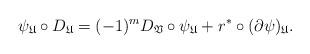
LaTeX: \begin{align*}\psi_{\mathfrak{U}} \circ D_{\mathfrak{U}} = (-1)^{m}D_{\mathfrak{V}} \circ \psi_{\mathfrak{U}} + r^{*} \circ (\partial \psi)_{\mathfrak{U}}.\end{align*}